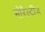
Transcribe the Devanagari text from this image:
मोरैल्टीज